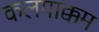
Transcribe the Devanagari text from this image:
कलपाक्कम